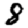
Digit: 8